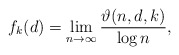
\begin{align*} f_k(d)=\lim_{n\rightarrow \infty}\frac{\vartheta(n,d,k)}{\log n},\end{align*}